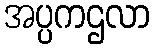
အပ္ပကဌလာ